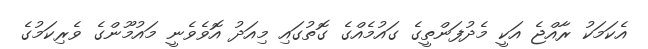
އެކަމަކު ރާއްޖެ އަކީ މެދުފަންތީގެ ގައުމެއްގެ ގޮތުގައި މިއަދު އޮވެވެނީ މައުމޫންގެ ވެރިކަމުގެ